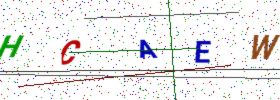
Text: HCAEW